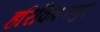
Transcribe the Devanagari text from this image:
हरिकिशनपुर